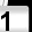
Digit: 1